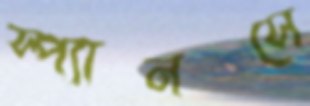
স্প্যানসে